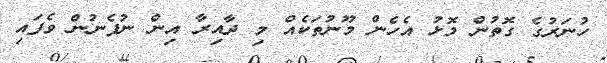
ހުނަރުގެ ގޮތުން މޮޅު އެހެން މޫނުތަކެއް މި ދާއިރާ އިން ނުފެނުން ވެފައި